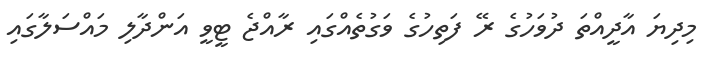
މިދިޔަ އާދީއްތަ ދުވަހުގެ ރޭ ފަތިހުގެ ވަގުތެއްގައި ރާއްޖެ ޓީވީ އަންދާލި މައްސަލާގައި